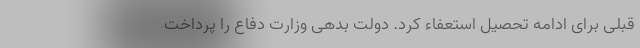
قبلی برای ادامه تحصیل استعفاء کرد. دولت بدهی وزارت دفاع را پرداخت